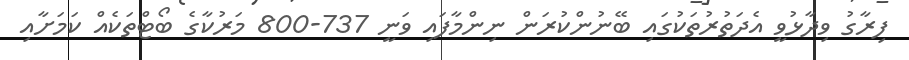
ފިރާގު ވިދާޅުވީ އެދަތުރުތަކުގައި ބޭނުންކުރަން ނިންމާފައި ވަނީ 737-800 މަރުކާގެ ބޯޓްތަކެެއް ކަމަށާއި